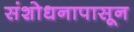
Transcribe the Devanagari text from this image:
संशोधनापासून